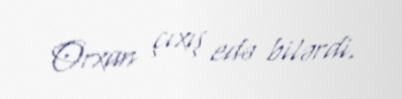
Orxan çıxış edə bilərdi.